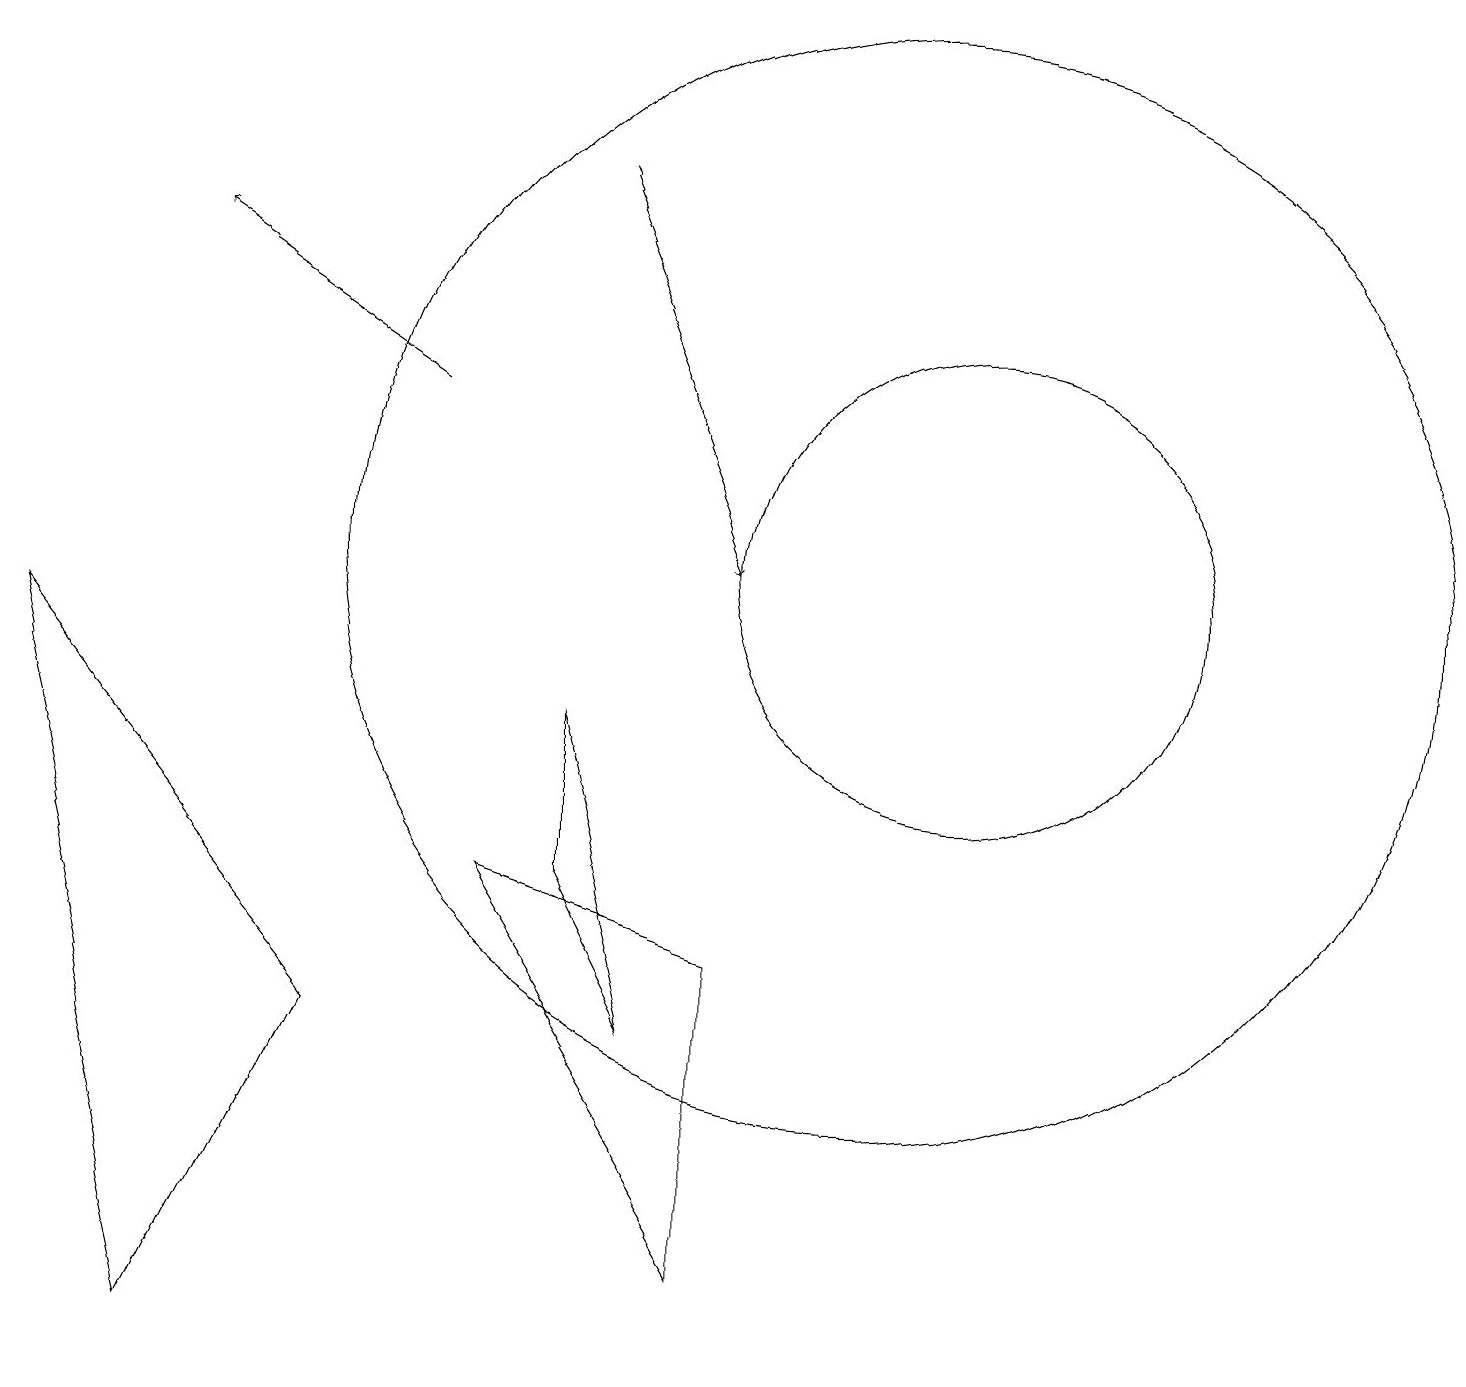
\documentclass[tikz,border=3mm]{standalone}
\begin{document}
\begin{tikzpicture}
\draw (7,8) -- (8,4) -- (7,6) -- cycle;
\draw (11,10) circle (7);
\draw (4,4) -- (0,9) -- (2,0) -- cycle;
\draw (6,6) -- (9,1) -- (9,5) -- cycle;
\draw[->] (5,12) -- (2,14);
\draw[->] (7,15) -- (9,10);
\draw (12,10) circle (3);
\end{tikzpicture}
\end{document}